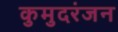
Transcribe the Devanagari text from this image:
कुमुदरंजन